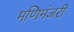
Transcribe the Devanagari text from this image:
मणिमंजरी